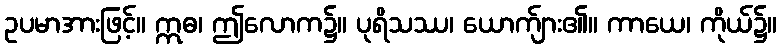
ဥပမာအားဖြင့်။ ဣဓ၊ ဤလောက၌။ ပုရိသဿ၊ ယောက်ျား၏။ ကာယေ၊ ကိုယ်၌။